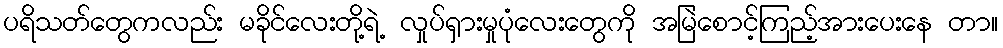
ပရိသတ်တွေကလည်း မခိုင်လေးတို့ရဲ့ လှုပ်ရှားမှုပုံလေးတွေကို အမြဲစောင့်ကြည့်အားပေးနေ တာ။